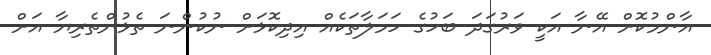
އާންމުކޮށް އޭނާ އަކީ ވަރުގަދަ ބަހުގެ ހަމަލާތަކެއް އިދިކޮޅަށް ނުކުންނަ ތެޅުންތެރިޔާ އަށް